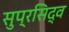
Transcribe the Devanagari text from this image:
सुप्रसिद्व